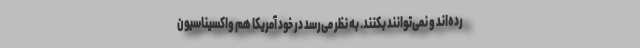
رده‌اند و نمی‌توانند بکنند. به نظر می‌رسد در خود آمریکا هم واکسیناسیون